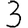
Digit: 3